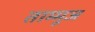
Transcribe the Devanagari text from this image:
ताम्मूज